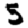
Digit: 5